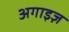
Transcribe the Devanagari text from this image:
अगाइज़